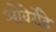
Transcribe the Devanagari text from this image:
ओवेर्रोड़े